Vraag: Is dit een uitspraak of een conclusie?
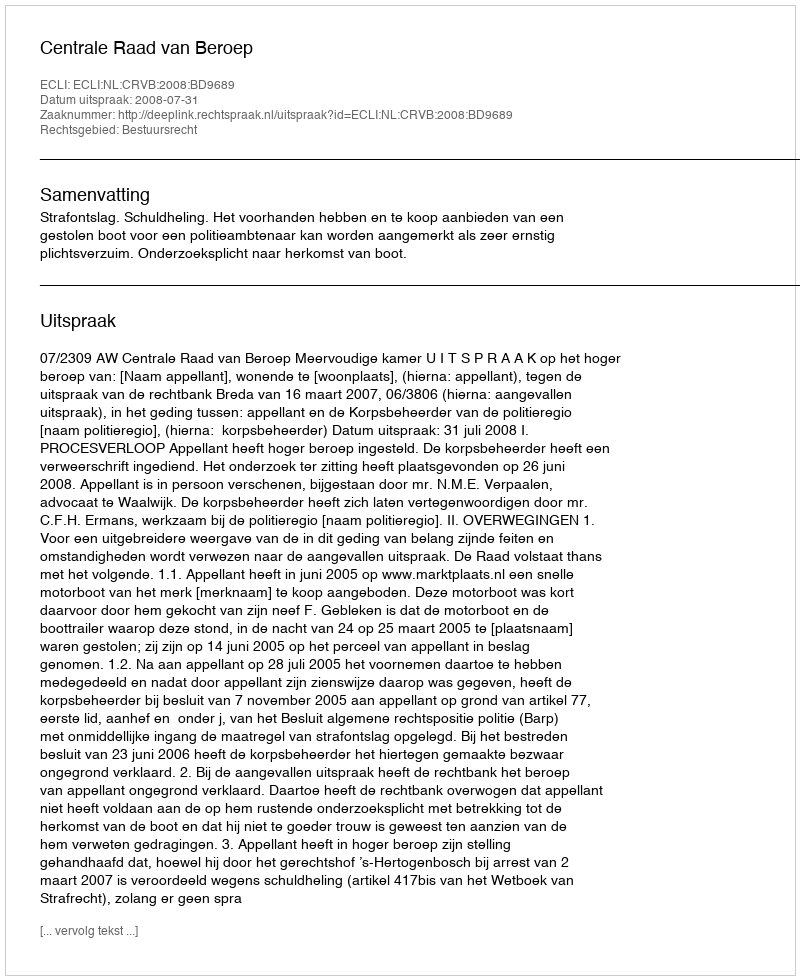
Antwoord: Uitspraak